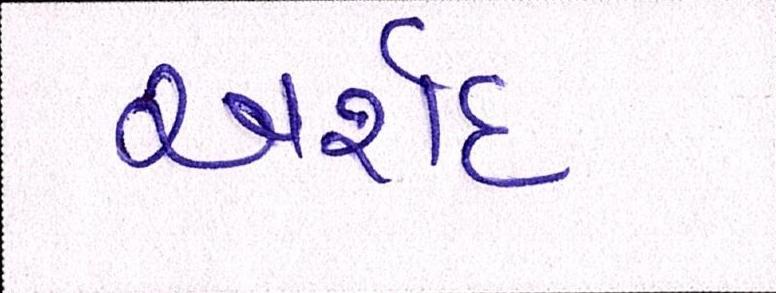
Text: અર્શદ